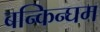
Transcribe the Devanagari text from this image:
बन्किन्घम